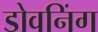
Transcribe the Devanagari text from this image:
डोवनिंग